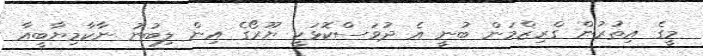
މީގެ އިތުރުން ގްރިޒްމަން ބުނީ އެ ދުވަސްކޮޅަކީ ޔޫރޯގެ އިން ލިބުނު ނާކާމިޔާބީއާ